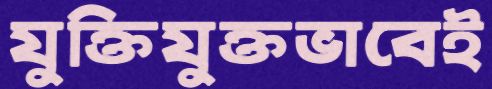
যুক্তিযুক্তভাবেই